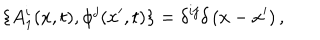
LaTeX: \{ A _ { 1 } ^ { i } ( x , t ) , \phi ^ { j } ( x ^ { \prime } , t ) \} = \delta ^ { i j } \delta \left( x - x ^ { \prime } \right) ,